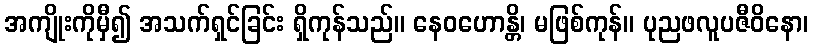
အကျိုးကိုမှီ၍ အသက်ရှင်ခြင်း ရှိကုန်သည်။ နေဝဟောန္တိ၊ မဖြစ်ကုန်။ ပုညဖလူပဇီဝိနော၊